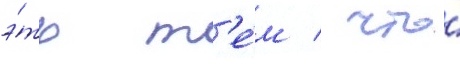
э́то т'е́м / что́